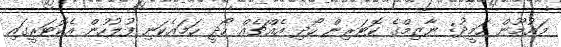
މައުމޫން ހަމީދު: ނާޒިމްގެ ކޮޓަރިން ހޯދި އެއްޗެއް ހޯދީ ހަމައެކަނި ފުލުހުން އެކޮޓަރީގައި